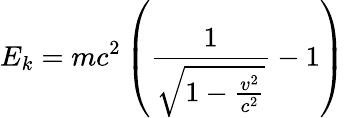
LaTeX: E_{k}=mc^{2}\left({\frac{1}{\sqrt{1-{\frac{v^{2}}{c^{2}}}}}}-1\right)